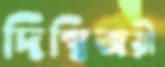
দিগ্বিজয়ী